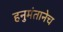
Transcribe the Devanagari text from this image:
हनुमंतानेच